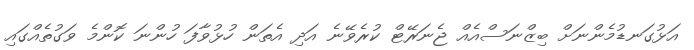
އަޅުގަނޑުމެންނަށް ބިޒްނަސްއެއް ޖެނަރޭޓް ކުރެވޭނެ އަދި އެތަން ހުޅުވާފަ ހުންނަ ކޮންމެ ވަގުތެއްގައި